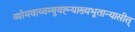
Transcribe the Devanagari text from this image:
व्योमवाय्वम्बुवह्न्याख्यभूतान्यासीत्